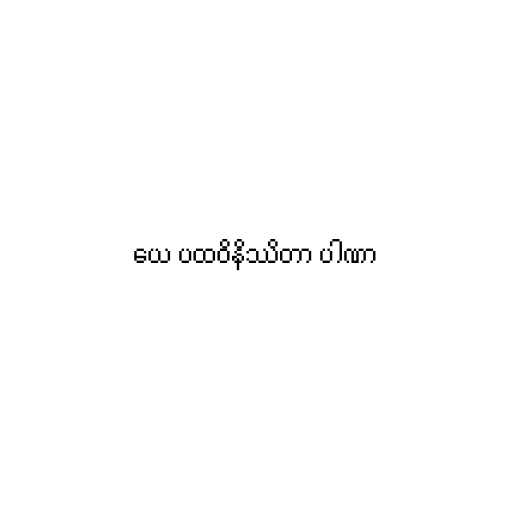
ယေ ပထဝိနိဿိတာ ပါဏာ